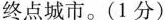
终点城市。(1分)